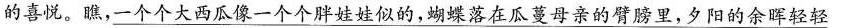
的喜悦。瞧， \underline{大西瓜像一个个胖娃娃似的，蝴蝶落在瓜蔓母亲的臂膀里，夕阳的余晖轻轻}